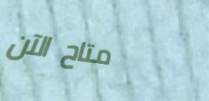
متاح الآن